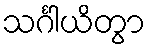
သင်္ဂါယိတွာ